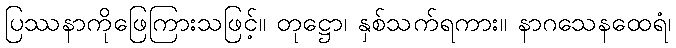
ပြဿနာကိုဖြေကြားသဖြင့်။ တုဋ္ဌော၊ နှစ်သက်ရကား။ နာဂသေနထေရံ၊